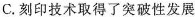
C.刻印技术取得了突破性发展